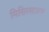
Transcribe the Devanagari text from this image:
मिसिस्साउगा